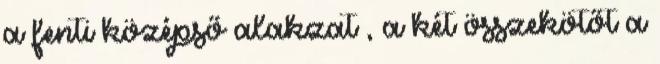
a fenti középső alakzat , a két összekötőt a